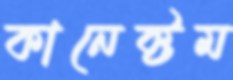
কানেক্টম